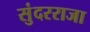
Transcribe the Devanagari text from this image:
सुंदरराजा